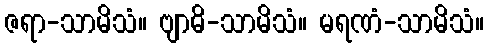
ဇရာ-သာမိသံ။ ဗျာဓိ-သာမိသံ။ မရဏံ-သာမိသံ။